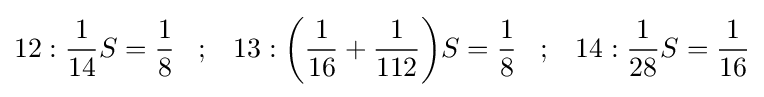
12:{\frac {1}{14}}S={\frac {1}{8}}\;\;\;;\;\;\;13:{\bigg (}{\frac {1}{16}}+{\frac {1}{112}}{\bigg )}S={\frac {1}{8}}\;\;\;;\;\;\;14:{\frac {1}{28}}S={\frac {1}{16}}